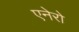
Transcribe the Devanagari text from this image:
एनेरो